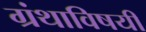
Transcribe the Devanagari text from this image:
ग्रंथाविषयीं